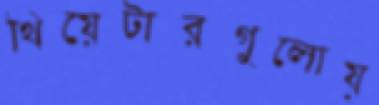
থিয়েটারগুলোয়